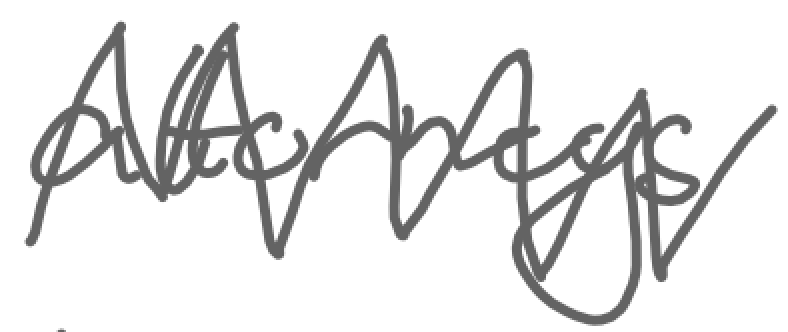
Text: attorneys
Cross-out: zig-zag
Writing tool: digital_gray